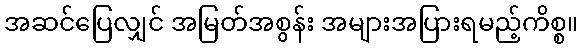
အဆင်ပြေလျှင် အမြတ်အစွန်း အများအပြားရမည့်ကိစ္စ။